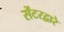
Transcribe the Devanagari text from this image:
सेंटरद्वारे